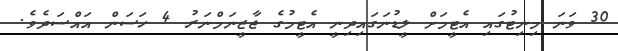
30 ވަނަ މިނިޓުގައި އެޓީމަށް ލީޑުނަގައިދިނީ އެޓީމުގެ ޖާޒީނަމްނަރު 4 ހަސަން އައްސަދެވެ.